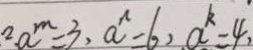
^ { 2 } a ^ { m } = 3 , a ^ { n } = 6 , a ^ { k } = 4 ,